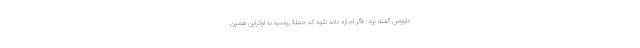
داووس گفته بود: «اگر اجازه داده شود که حملۀ روسیه به اوکراین همین